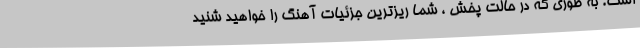
است. به طوری که در حالت پخش ، شما ریزترین جزئیات آهنگ را خواهید شنید